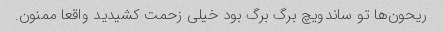
ریحون‌ها تو ساندویچ برگ برگ بود خیلی زحمت کشیدید واقعا ممنون.